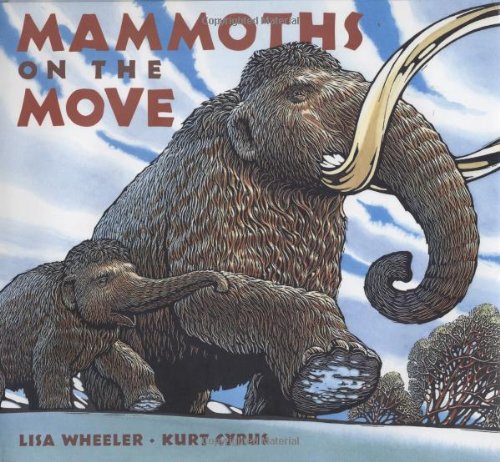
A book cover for Mammoths on the Move; Lisa Wheeler; Children's Books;